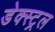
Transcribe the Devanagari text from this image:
डेक्स्ट्रल